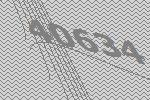
40634